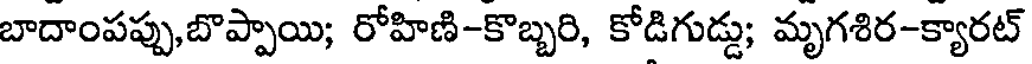
బాదాంపప్పు,బొప్పాయి; రోహిణి-కొబ్బరి, కోడిగుడ్డు; మృగశిర-క్యారట్